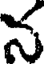
న